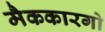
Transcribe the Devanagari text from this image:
मैककारगो